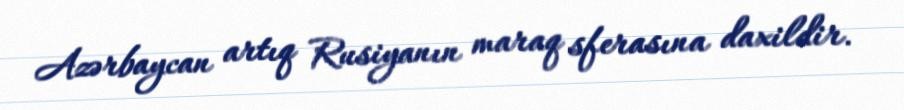
Azərbaycan artıq Rusiyanın maraq sferasına daxildir.